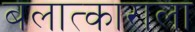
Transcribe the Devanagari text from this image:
बलात्‍काराला